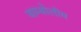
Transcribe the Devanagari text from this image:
बाम्बोलीम